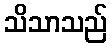
သိသာသည်